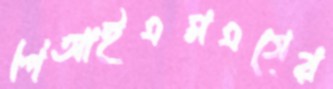
পিআইএমএসের